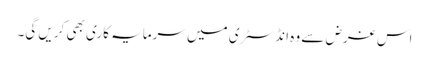
اس غرض سے وہ انڈسٹری میں سرمایہ کاری بھی کریں گی۔